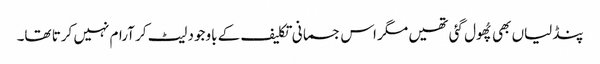
پنڈلیاں بھی پُھول گئی تھیں مگر اس جسمانی تکلیف کے باوجود لیٹ کر آرام نہیں کرتا تھا۔